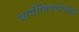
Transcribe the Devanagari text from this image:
बाबींविषयीचीही